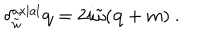
LaTeX: \delta _ { \tilde { \omega } } ^ { \mathrm { a x i a l } } { \mathbf q } = 2 i \tilde { \omega } ( { \mathbf q } + m ) \ .